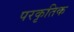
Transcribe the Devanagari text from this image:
परकृतिक